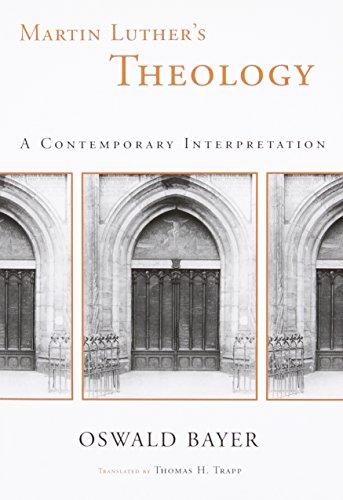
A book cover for Martin Luther's Theology: A Contemporary Interpretation; Oswald Bayer; Christian Books & Bibles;